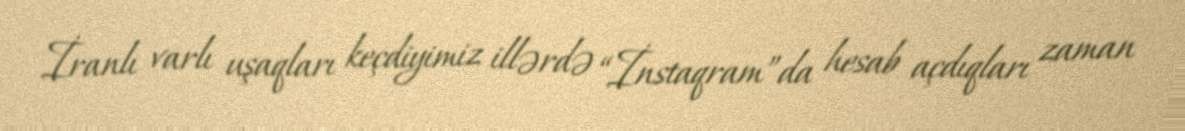
İranlı varlı uşaqları keçdiyimiz illərdə “İnstaqram”da hesab açdıqları zaman